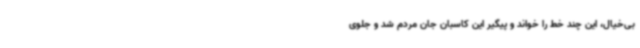
بی‌خیال، این چند خط را خواند و پیگیر این کاسبان جان مردم شد و جلوی